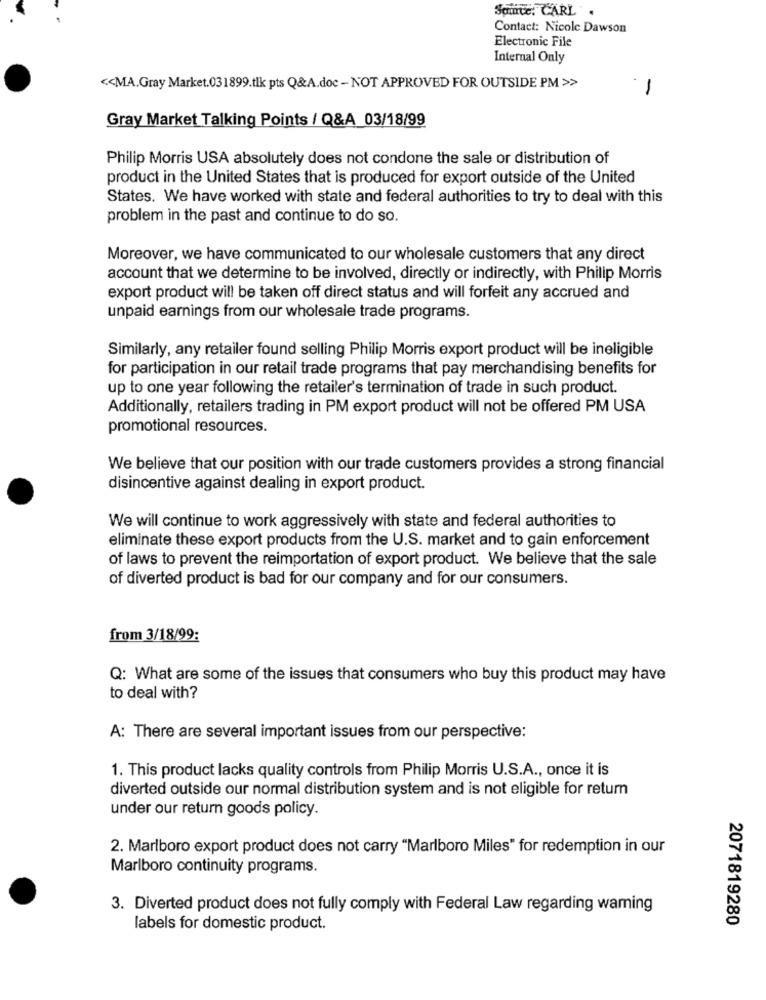
Samte: CARL.
Contact: Nicole Dawson
Electronic File
Internal Only
<< MA.Gray Market.031899.tlk pts Q&A.doc - NOT APPROVED FOR OUTSIDE PM >>
-
Gray Market Talking Points / Q&A 03/18/99
Philip Morris USA absolutely does not condone the sale or distribution of
product in the United States that is produced for export outside of the United
States. We have worked with state and federal authorities to try to deal with this
problem in the past and continue to do so.
Moreover, we have communicated to our wholesale customers that any direct
account that we determine to be involved, directly or indirectly, with Philip Morris
export product will be taken off direct status and will forfeit any accrued and
unpaid earnings from our wholesale trade programs.
Similarly, any retailer found selling Philip Morris export product will be ineligible
for participation in our retail trade programs that pay merchandising benefits for
up to one year following the retailer's termination of trade in such product.
Additionally, retailers trading in PM export product will not be offered PM USA
promotional resources.
We believe that our position with our trade customers provides a strong financial
disincentive against dealing in export product.
We will continue to work aggressively with state and federal authorities to
eliminate these export products from the U.S. market and to gain enforcement
of laws to prevent the reimportation of export product. We believe that the sale
of diverted product is bad for our company and for our consumers.
from 3/18/99:
Q: What are some of the issues that consumers who buy this product may have
to deal with?
A: There are several important issues from our perspective:
1. This product lacks quality controls from Philip Morris U.S.A ., once it is
diverted outside our normal distribution system and is not eligible for return
under our return goods policy.
2. Marlboro export product does not carry "Marlboro Miles" for redemption in our
Marlboro continuity programs.
3. Diverted product does not fully comply with Federal Law regarding waming
2071819280
labels for domestic product.